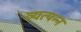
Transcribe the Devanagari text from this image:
व्‍यत्‍पन्‍न